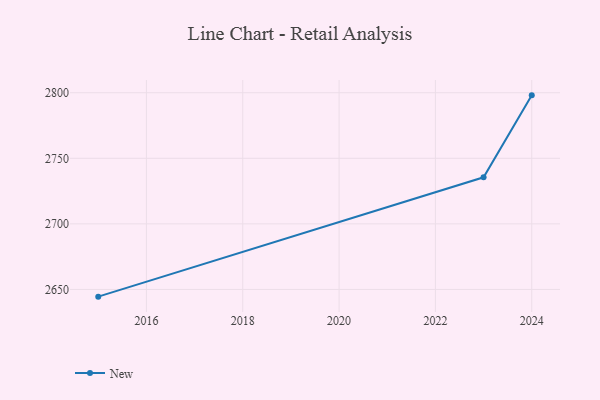
{"axis": {"x": "Year", "y": "Operating Costs (USD K)"}, "legend": ["New"], "data": [{"x": "2024", "y": 2798.0, "type": "New"}, {"x": "2023", "y": 2735.5, "type": "New"}, {"x": "2015", "y": 2644.5, "type": "New"}]}